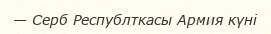
— Серб Республткасы Армия күні